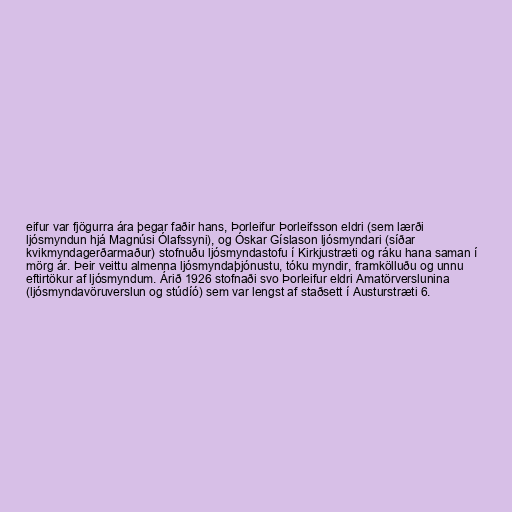
eifur var fjögurra ára þegar faðir hans, Þorleifur Þorleifsson eldri (sem lærði
ljósmyndun hjá Magnúsi Ólafssyni), og Óskar Gíslason ljósmyndari (síðar
kvikmyndagerðarmaður) stofnuðu ljósmyndastofu í Kirkjustræti og ráku hana saman í
mörg ár. Þeir veittu almenna ljósmyndaþjónustu, tóku myndir, framkölluðu og unnu
eftirtökur af ljósmyndum. Árið 1926 stofnaði svo Þorleifur eldri Amatörverslunina
(ljósmyndavöruverslun og stúdíó) sem var lengst af staðsett í Austurstræti 6.